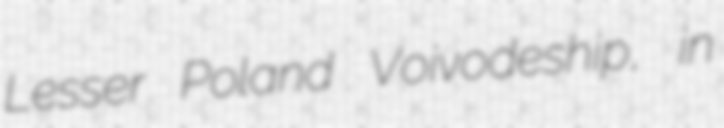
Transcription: Lesser Poland Voivodeship, in